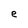
Character: e